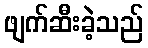
ဖျက်ဆီးခဲ့သည်